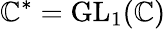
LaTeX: \mathbb{C}^{*}=\operatorname{GL}_{1}(\mathbb{C})